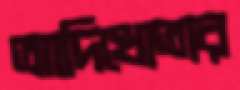
আদিখ্যেতার